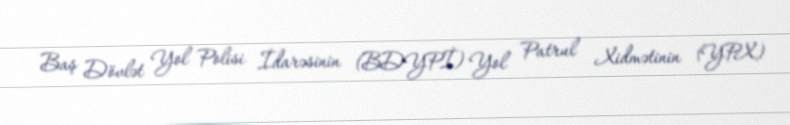
Baş Dövlət Yol Polisi İdarəsinin (BDYPİ) Yol Patrul Xidmətinin (YPX)